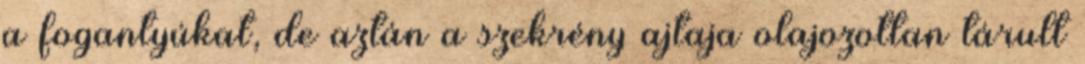
a fogantyúkat, de aztán a szekrény ajtaja olajozottan tárult